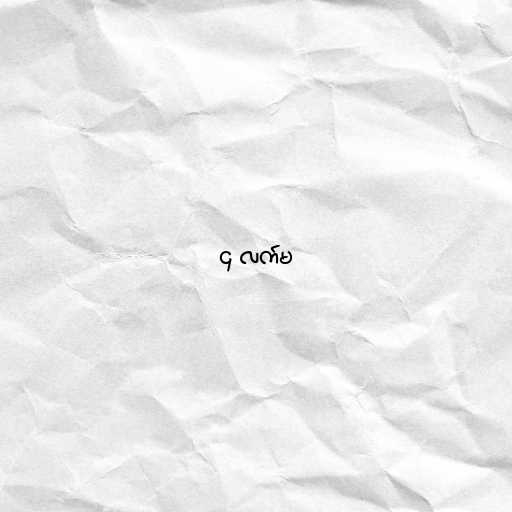
၄ လက်မ